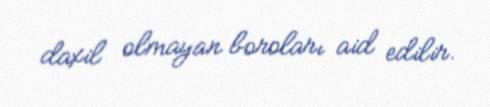
daxil olmayan boroları aid edilir.